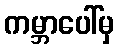
ကမ္ဘာပေါ်မှ